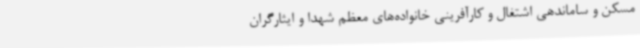
مسکن و ساماندهی اشتغال و کارآفرینی خانواده‌های معظم شهدا و ایثارگران